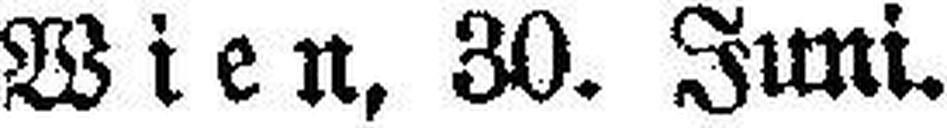
Wien, 30. Juni.